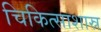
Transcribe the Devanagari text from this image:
चिकित्साशास्र